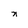
Character: n